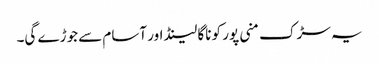
یہ سڑک منی پور کو ناگا لینڈ اور آسام سے جوڑے گی۔